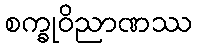
စက္ခုဝိညာဏဿ